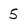
Character: 5